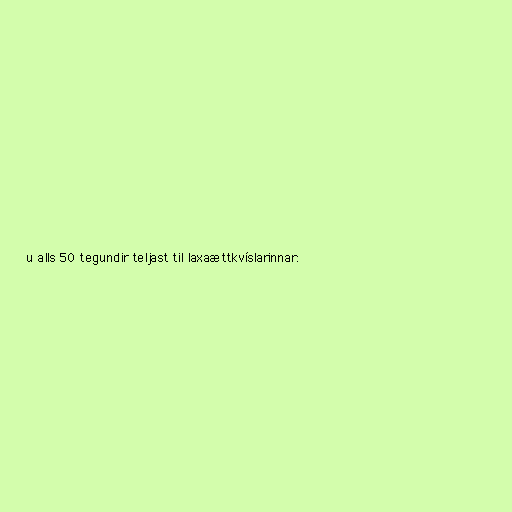
u alls 50 tegundir teljast til laxaættkvíslarinnar: